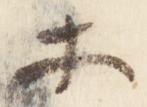
等